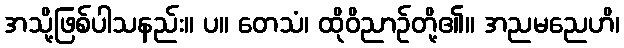
အသို့ဖြစ်ပါသနည်း။ ပ။ တေသံ၊ ထိုဝိညာဉ်တို့၏။ အညမညေဟိ၊